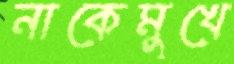
নাকেমুখে